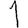
Digit: 1